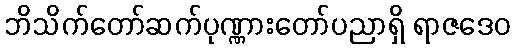
ဘိသိက်တော်ဆက်ပုဏ္ဏားတော်ပညာရှိ ရာဇဒေဝ